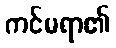
ကင်မရာ၏